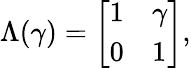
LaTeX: \Lambda(\gamma)=\left[\begin{array}{ll}{1}&{\gamma}\\ {0}&{1}\end{array}\right],